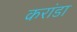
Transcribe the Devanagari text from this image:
करांडा